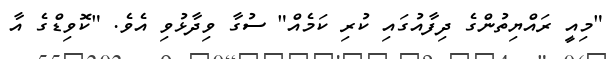
"މިއީ ރައްޔިތުންގެ ދިފާއުގައި ކުރި ކަމެއް" ސުގާ ވިދާޅުވި އެވެ. "ކޮވިޑްގެ އާ